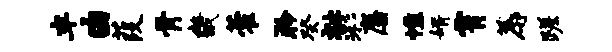
半由葭骨畿藿聆癸祉彩麋憔婿霄蓐蹉